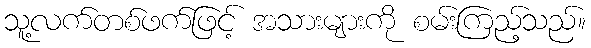
သူ့လက်တစ်ဖက်ဖြင့် အသားများကို စမ်းကြည့်သည်။